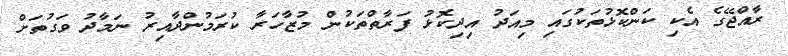
ރާއްޖޭގެ އެކި ކަންކޮޅުތަކުގައި މިއަދު އިދިކޮޅު ފަރާތްތަކުން މުޒާހަރާ ކުރަމުންދާއިރު ނަމާދު ވަގުތަށް